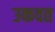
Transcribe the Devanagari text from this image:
उकवत